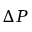
\Delta P